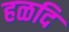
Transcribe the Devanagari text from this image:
हळदि